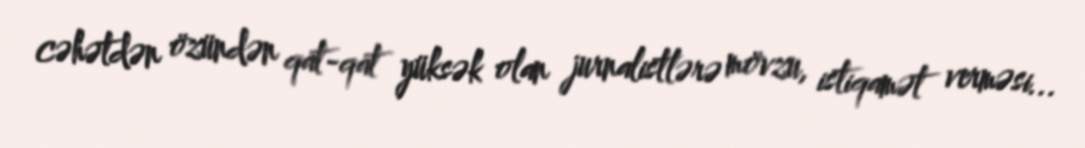
cəhətdən özündən qat-qat yüksək olan jurnalistlərə mövzu, istiqamət verməsi...